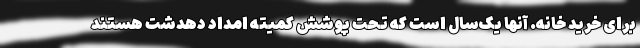
برای خرید خانه. آنها یک‌سال است که تحت پوشش کمیته امداد دهدشت هستند